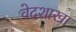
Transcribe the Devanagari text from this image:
वेदशाखा